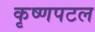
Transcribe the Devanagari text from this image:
कृष्णपटल